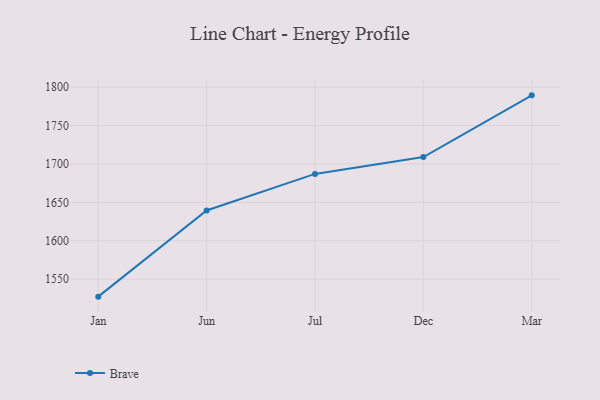
{"axis": {"x": "Month", "y": "Inventory Turnover"}, "legend": ["Brave"], "data": [{"x": "Jan", "y": 1527.2, "type": "Brave"}, {"x": "Jun", "y": 1639.4, "type": "Brave"}, {"x": "Jul", "y": 1687.0, "type": "Brave"}, {"x": "Dec", "y": 1708.9, "type": "Brave"}, {"x": "Mar", "y": 1789.3, "type": "Brave"}]}